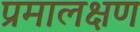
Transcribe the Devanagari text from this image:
प्रमालक्षण